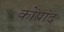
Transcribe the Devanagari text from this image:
कोंप्रांद